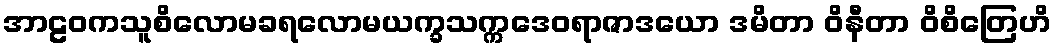
အာဠဝကသူစိလောမခရလောမယက္ခသက္ကဒေဝရာဇာဒယော ဒမိတာ ဝိနီတာ ဝိစိတြေဟိ